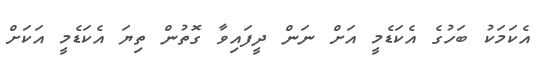
އެކަމަކު ބަހުގެ އެކަޑެމީ އަށް ނަން ދީފައިވާ ގޮތުން ތިޔަ އެކަޑެމީ އަކަށް